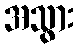
အသွား